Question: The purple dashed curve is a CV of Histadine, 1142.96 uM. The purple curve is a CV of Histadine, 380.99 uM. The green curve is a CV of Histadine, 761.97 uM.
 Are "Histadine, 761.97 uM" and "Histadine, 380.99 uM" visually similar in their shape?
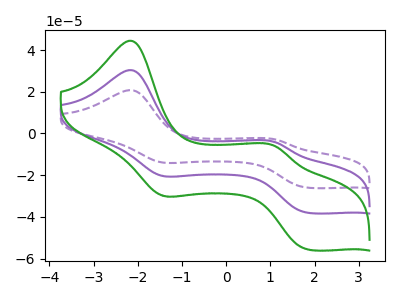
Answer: <think>The purple dashed curve "Histadine, 1142.96 uM" has anodic peaks at (-2.15V, 60.80uA) (1.10V, -8.20uA) and cathodic peaks at (-1.45V, -40.50uA) (1.85V, -76.00uA). The purple curve "Histadine, 380.99 uM" has anodic peaks at (-2.15V, 30.40uA) (1.10V, -4.10uA) and cathodic peaks at (-1.45V, -20.25uA) (1.85V, -38.00uA). The green curve "Histadine, 761.97 uM" has anodic peaks at (-2.15V, 44.50uA) (1.10V, -6.00uA) and cathodic peaks at (-1.45V, -29.65uA) (1.85V, -55.60uA).
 All the peaks in "Histadine, 761.97 uM" have a peak in "Histadine, 380.99 uM" at the same potential.</think>
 <answer>"Histadine, 761.97 uM" and "Histadine, 380.99 uM" are similar in shape.</answer>
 <eval>same_shape</eval>